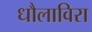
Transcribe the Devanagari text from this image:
धौलाविरा